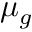
\mu _ { g }